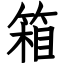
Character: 箱